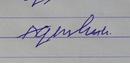
Signature authenticity: forged